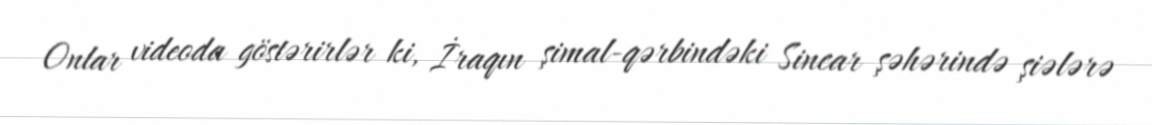
Onlar videoda göstərirlər ki, İraqın şimal-qərbindəki Sincar şəhərində şiələrə